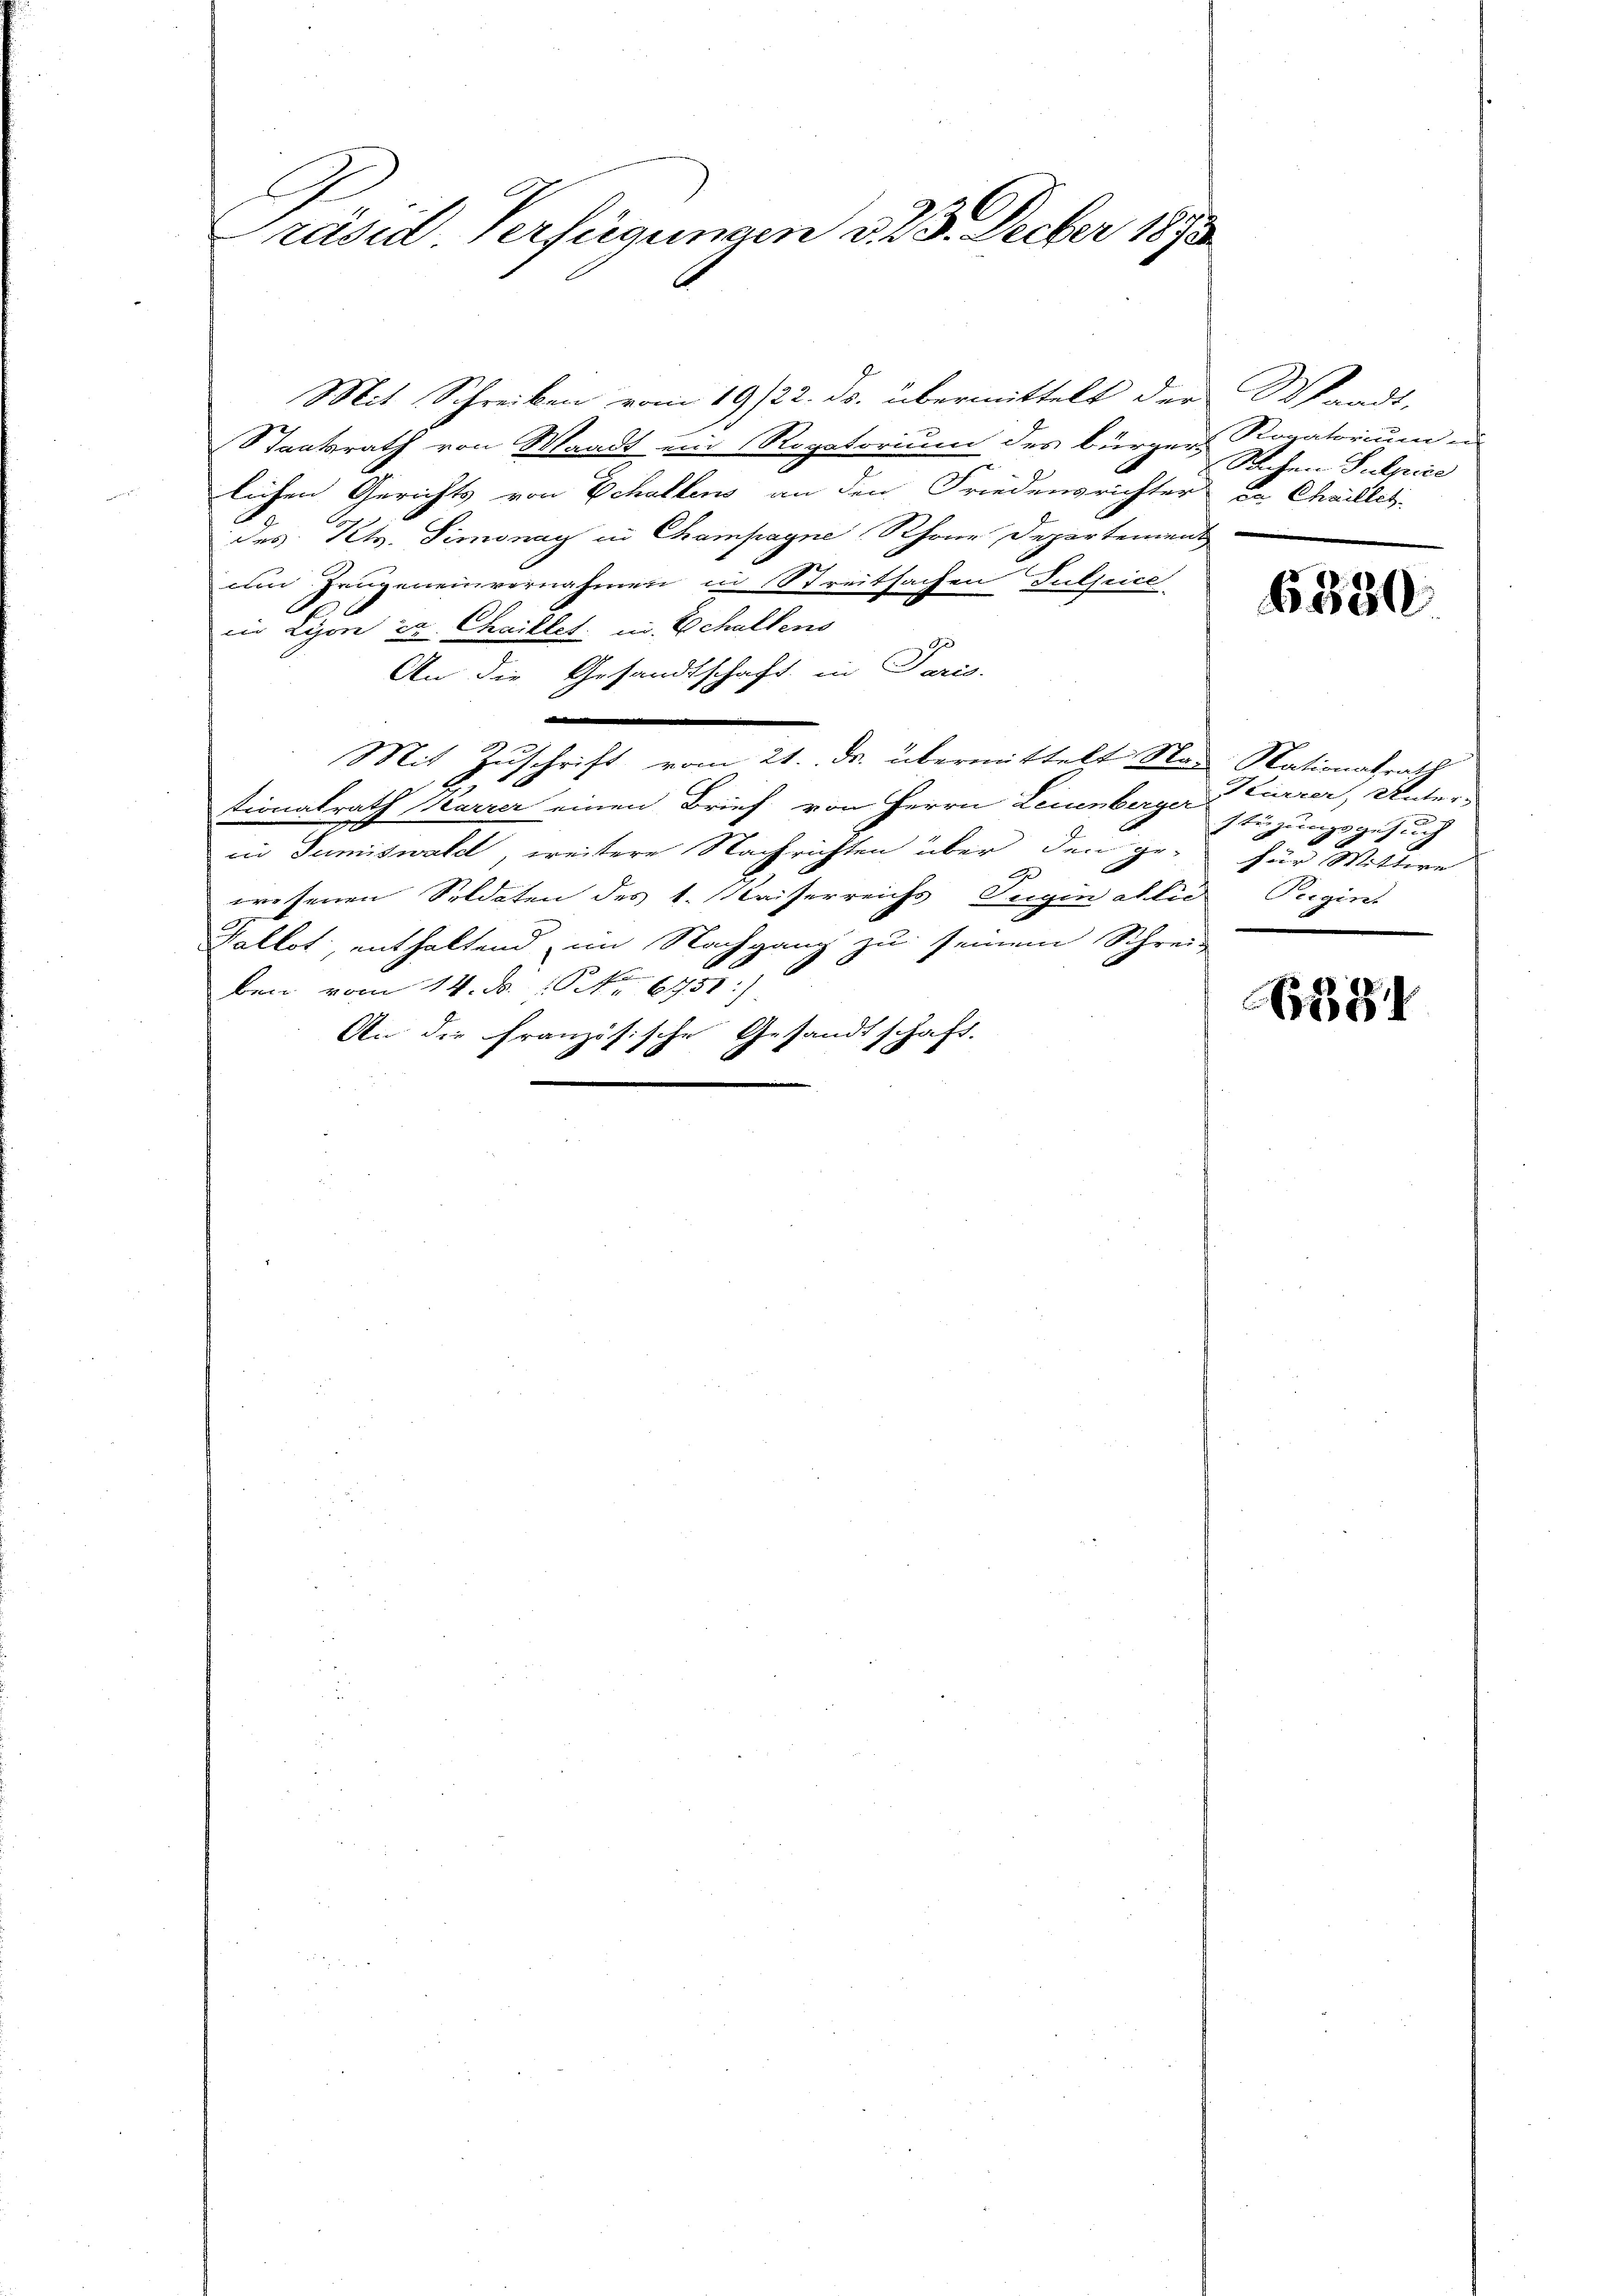
Präsid Verfügungen d. 23. Decber 1873.

J
Mit Schreiben vom 19/22. ds. übermittelt der Waadt,
Staatsrath von Waadt ein Rogatorium des bürgers Rogatorium in
lichen Gerichts von Echaltens an den Friedensrichter da Chaillet-
des Kts. Simonay in Champagne Schöne Departement
um Zeugeneinvernahmen in Streitsachen Tuljice
in Lyon ca. Chaillet, u. Schullens
An die Gesandtschaft in Paris.
.
Mit Zuschrift vom 21. ds. übermittelt Nad Nationalrath
tionalrath Karrer einen Brief von Herrn Leuenberger Currer, Unter-
in Sumiswald, weitere Nachrichten über den ge- für Mittwe
wesenen Soldaten des 1. Kaiserreichs Tugin atlic
Vallot, enthaltend im Nachgang zu seinem Schrei-
ben vom 14. d. 10 No 6751)
An die Französische Gesandtschaft.

Sachen Pulpice

6330

stüzungsgesuch
Reigint

584